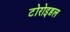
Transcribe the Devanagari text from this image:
टोरोइडल